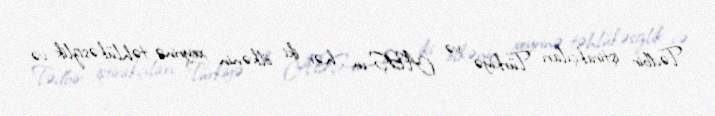
Tədbir iştirakçıları Türkiyə və ABŞ-ın hər iki ölkənin xeyrinə təhlükəsizlik və